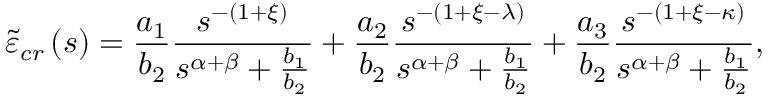
\tilde { \varepsilon } _ { c r } \left( s \right) = \frac { a _ { 1 } } { b _ { 2 } } \frac { s ^ { - \left( 1 + \xi \right) } } { s ^ { \alpha + \beta } + \frac { b _ { 1 } } { b _ { 2 } } } + \frac { a _ { 2 } } { b _ { 2 } } \frac { s ^ { - \left( 1 + \xi - \lambda \right) } } { s ^ { \alpha + \beta } + \frac { b _ { 1 } } { b _ { 2 } } } + \frac { a _ { 3 } } { b _ { 2 } } \frac { s ^ { - \left( 1 + \xi - \kappa \right) } } { s ^ { \alpha + \beta } + \frac { b _ { 1 } } { b _ { 2 } } } ,